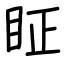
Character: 眐